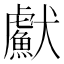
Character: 𤣏